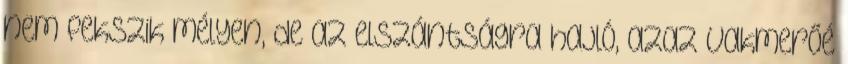
nem fekszik mélyen, de az elszántságra hajló, azaz vakmerőé